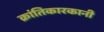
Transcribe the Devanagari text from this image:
क्रांतिकारकानी